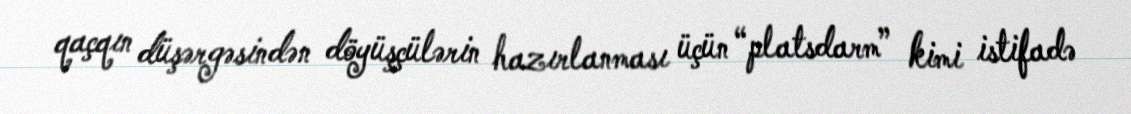
qaçqın düşərgəsindən döyüşçülərin hazırlanması üçün “platsdarm” kimi istifadə